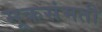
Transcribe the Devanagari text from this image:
मूकसंमती